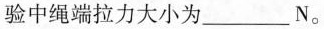
验中绳端拉力大小为___N。